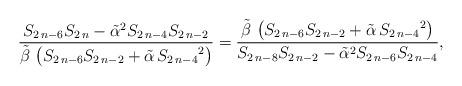
LaTeX: \begin{align*} {\frac {S_{{2\,n-6}}S_{{2\,n}}-{\tilde\alpha}^{2}S_{{2\,n-4}}S_{{2\,n-2}}}{\tilde\beta\, \left( S_{{2\,n-6}}S_{{2\,n-2}}+\tilde\alpha\,{S_{{2\,n-4}}}^{2} \right) }}={\frac {\tilde\beta\, \left( S_{{2\,n-6}}S_{{2\,n-2}}+\tilde\alpha\,{S_{{2\,n-4}}}^{2} \right) }{S_{{2\,n-8}}S_{{2\,n-2}}-{\tilde\alpha}^{2}S_{{2\,n-6}}S_{{2\,n-4}}}},\end{align*}